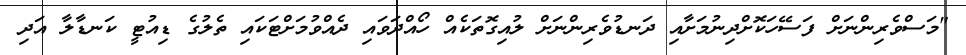
"މަސްވެރިންނަށް ފަސޭހަކޮށްދިނުމަށާއި ދަނޑުވެރިންނަށް ލުއިގޮތަކެއް ހޯއްދަވައި ދެއްވުމަށްޓަކައި ތެލުގެ ޑިއުޓީ ކަނޑާލާ އަދި